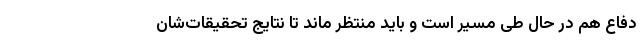
دفاع هم در حال طی مسیر است و باید منتظر ماند تا نتایج تحقیقات‌شان